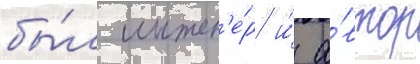
бы́л инжен'е́р и́ а́втор